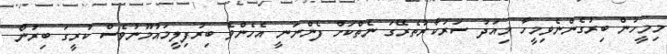
މިމީހުން ބިރުގެންނެވިމީހާ މިއަދު ސަރުކާރުތެރޭގަ ނެތްކަށް ފެންނަނީ އެހެންވެ ބިރުފިލީމައުމޫނުވެސް ކުރީގަ ބިރުން